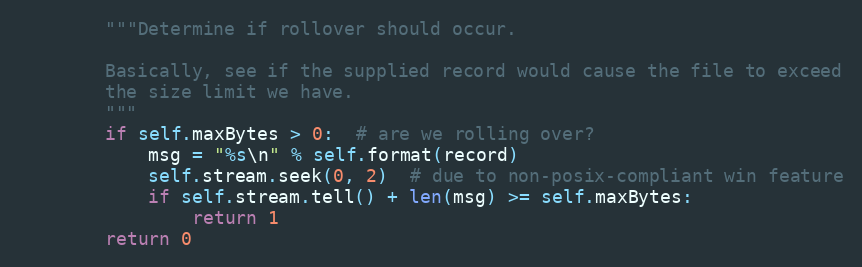
Language: Python
        """Determine if rollover should occur.

        Basically, see if the supplied record would cause the file to exceed
        the size limit we have.
        """
        if self.maxBytes > 0:  # are we rolling over?
            msg = "%s\n" % self.format(record)
            self.stream.seek(0, 2)  # due to non-posix-compliant win feature
            if self.stream.tell() + len(msg) >= self.maxBytes:
                return 1
        return 0